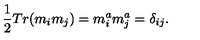
\frac 1 2 T r ( m _ { i } m _ { j } ) = m _ { i } ^ { a } m _ { j } ^ { a } = \delta _ { i j } .